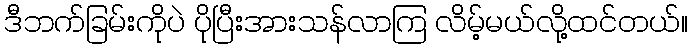
ဒီဘက်ခြမ်းကိုပဲ ပိုပြီးအားသန်လာကြ လိမ့်မယ်လို့ထင်တယ်။